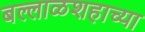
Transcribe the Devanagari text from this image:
बल्लाळशहाच्या